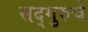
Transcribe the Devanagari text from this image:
सद्गुरुचे